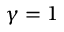
\gamma = 1